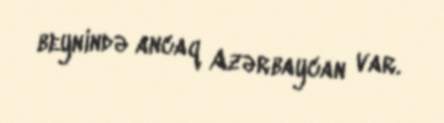
beynində ancaq Azərbaycan var.